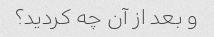
و بعد از آن چه کردید؟